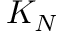
K _ { N }